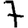
Digit: 7